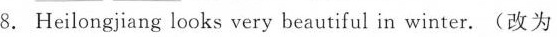
8. Heilongjiang looks very beautiful in winter. (改为